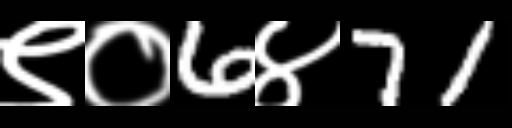
Text: ९०6४71